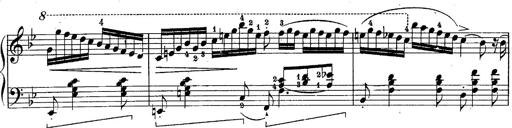
Title: Schubert's Impromptus [revised and edited by Franz Liszt]
Composer: Franz Liszt